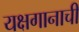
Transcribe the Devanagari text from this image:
यक्षगानाची